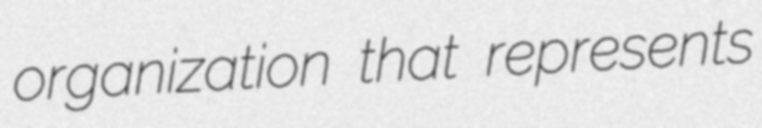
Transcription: organization that represents